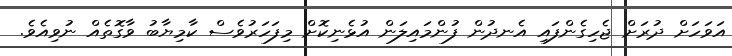
އަވަހަށް ދުރަށް ޖެހިގެންފައި އެނދުން ފުންމައިލަން އުޅެނިކޮށް މިފަހަރުވެސް ކާމިޔާބު ވާގޮތެއް ނުވިއެވެ.